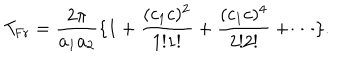
T _ { \mathrm { F r } } = \frac { 2 \pi } { a _ { 1 } a _ { 2 } } \{ 1 + \frac { ( c _ { 1 } c ) ^ { 2 } } { 1 ! 1 ! } + \frac { ( c _ { 1 } c ) ^ { 4 } } { 2 ! 2 ! } + \cdots \} .